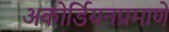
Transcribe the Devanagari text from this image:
अकोर्डियनप्रमाणे